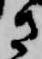
さ